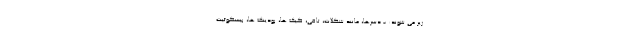
زیر می شوند: - دسرها، مانند شکلات، تافی، کیک ها، پودینگ ها، بیسکوئیت